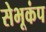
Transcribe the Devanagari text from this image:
सेभूकंप